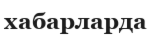
хабарларда